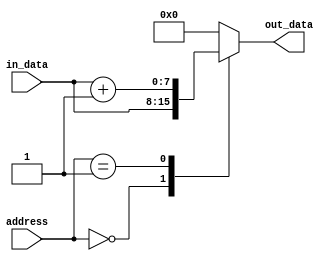
module parameterized_module #(
    parameter WIDTH = 8,
    parameter DEPTH = 16
) (
    input wire [WIDTH-1:0] in_data,
    input wire [DEPTH-1:0] address,
    output reg [WIDTH-1:0] out_data
);

// Behavioral modeling block for generating parameterized module
always @ (*) begin
    case(address)
        0: out_data = in_data; // custom behavior based on parameter values
        1: out_data = in_data + 1; // custom behavior based on parameter values
        default: out_data = 0;
    endcase
end

endmodule